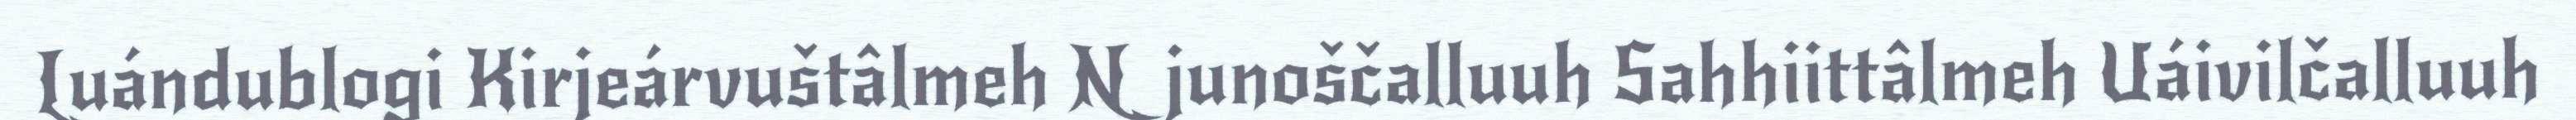
Luándublogi Kirjeárvuštâlmeh Njunoščalluuh Sahhiittâlmeh Uáivilčalluuh